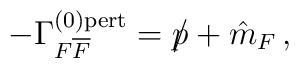
-\Gamma^{(0){\rm{pert}}}_{F{\overline{F}}} = p{\hspace{-0.2cm}/} +\hat{m}_{F} \, ,